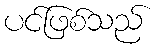
ပင်ဖြစ်သည်